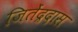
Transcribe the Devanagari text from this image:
जितेंद्रदास